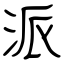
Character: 派